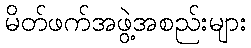
မိတ်ဖက်အဖွဲ့အစည်းများ